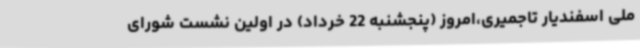
ملی اسفندیار تاجمیری،امروز (پنجشنبه 22 خرداد) در اولین نشست شورای